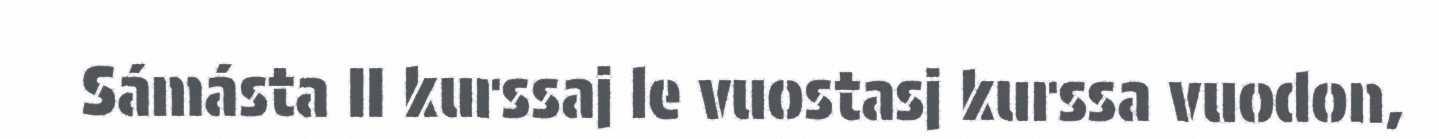
Sámásta II kurssaj le vuostasj kurssa vuodon,